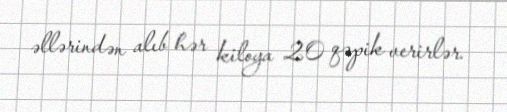
əllərindən alıb hər kiloya 20 qəpik verirlər.